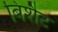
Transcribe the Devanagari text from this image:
बिशैट